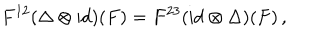
F ^ { 1 2 } ( \Delta \otimes \mathrm { i d } ) ( F ) = F ^ { 2 3 } ( \mathrm { i d } \otimes \Delta ) ( F ) \, ,